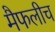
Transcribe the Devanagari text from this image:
मैफलीच